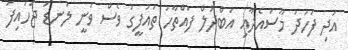
އަދި ފަހުދު މޫސައެދާއި އަބްދުލް ފައްތާހު ތައުފީގު ވެސް ވަނީ ލަނޑު ޖަހައިފަ